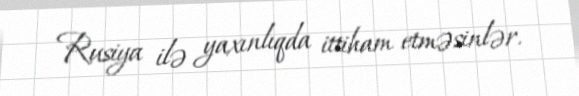
Rusiya ilə yaxınlıqda ittiham etməsinlər.